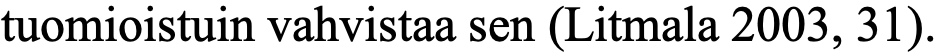
tuomioistuin vahvistaa sen (Litmala 2003, 31).